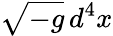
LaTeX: {\sqrt{-g}}\, d^{4}x